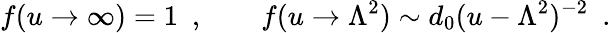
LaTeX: f(u\to\infty)=1\ \ ,\qquad f(u\to\Lambda^{2})\sim d_{0}(u-\Lambda^{2})^{-2}\ \ .